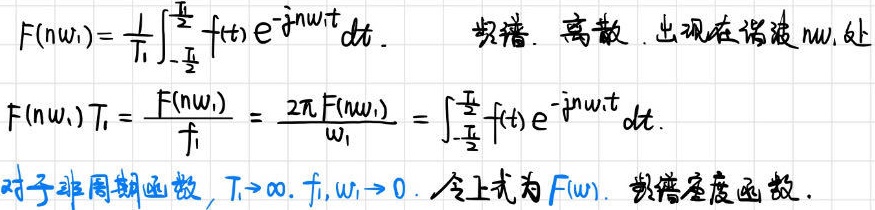
\[
\begin{align*}
F(n\omega_1)&=\frac{1}{T_1}\int_{-\frac{T_1}{2}}^{\frac{T_1}{2}} f(t) e^{-jn\omega_1 t} dt. \quad \text{频谱. 离散. 出现在谐波 } n\omega_1 \text{ 处}\\
F(n\omega_1)T_1&=\frac{F(n\omega_1)}{f_1}=\frac{2\pi F(n\omega_1)}{\omega_1}=\int_{-\frac{T_1}{2}}^{\frac{T_1}{2}} f(t) e^{-jn\omega_1 t} dt.\\
\end{align*}
\]
对于非周期函数, \(T_1\rightarrow\infty, f_1,\omega_1\rightarrow 0\). 令上式为 \(F(\omega)\). 频谱密度函数.